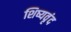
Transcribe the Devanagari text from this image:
शिष्यवृंद